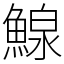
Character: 鰁